Annual report on the mental hospital in the Central Provinces and Berar (Nagpur) - 1927-1951
Year: 1927
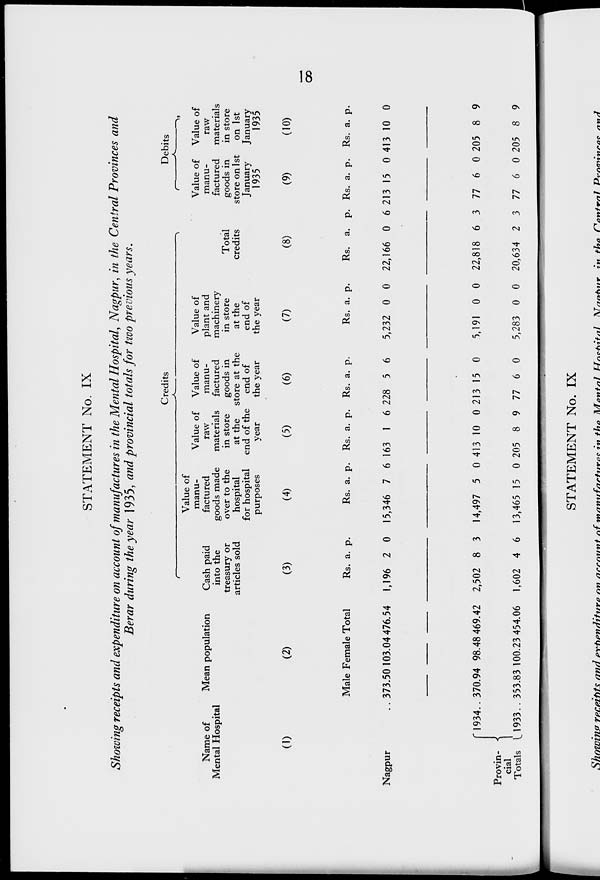
18
STATEMENT No. IX
Showing receipts and expenditure on account of manufactures in the Mental Hospital, Nagpur, in the Central Provinces and
Berar during the year 1935, and provincial totals for two previous years.
Name of
Mental Hospital
(1)
Nagpur ..
Provin-
cial
Totals
1934 ..
1933 ..
Mean population
(2)
Male
373.50
370.94
353.83
Female
103.04
98.48
100.23
Total
476.54
469.42
454.06
Credits
Cash paid
into the
treasury or
articles sold
(3)
Rs.
1,196
2,502
1,602
a.
2
8
4
p.
0
3
6
Value of
manu-
factured
goods made
over to the
hospital
for hospital
purposes
(4)
Rs.
15,346
14,497
13,465
a.
7
5
15
p.
6
0
0
Value of
raw
materials
in store
at the
end of the
year
(5)
Rs.
163
413
205
a.
1
10
8
p.
6
0
9
Value of
manu-
factured
goods in
store at the
end of
the year
(6)
Rs.
228
213
77
a.
5
15
6
p.
6
0
0
Value of
plant and
machinery
in store
at the
end of
the year
(7)
Rs.
5,232
5,191
5,283
a.
0
0
0
p.
0
0
0
Total
credits
(8)
Rs.
22,166
22,818
20,634
a.
0
6
2
p.
6
3
3
Debits
Value of
manu-
factured
goods in
store on 1st
January
1935
(9)
Rs.
213
77
77
a.
15
6
6
p.
0
0
0
Value of
raw
materials
in store
on 1st
January
1935
(10)
Rs.
413
205
205
a.
10
8
8
p.
0
9
9